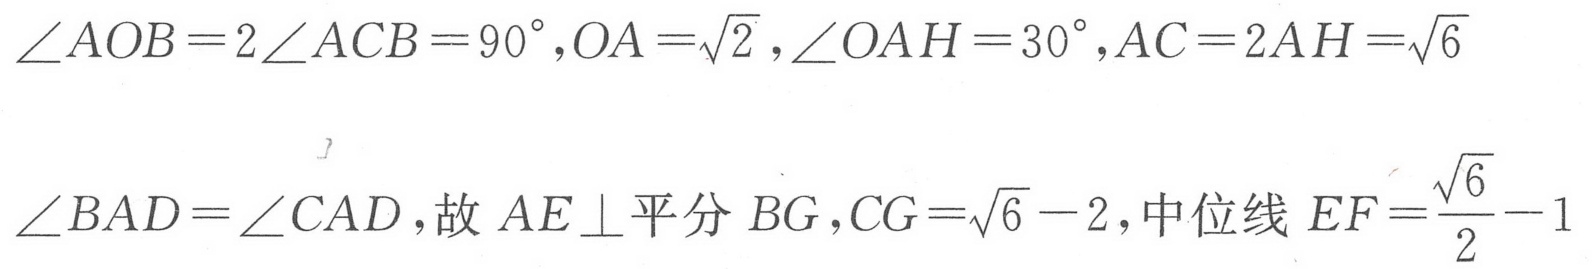
$\angle AOB = 2\angle ACB = 90^{\circ},OA=\sqrt{2},\angle OAH = 30^{\circ},AC = 2AH=\sqrt{6}$

$\angle BAD=\angle CAD$,故$AE\perp$平分$BG,CG=\sqrt{6}-2$,中位线$EF=\frac{\sqrt{6}}{2}-1$